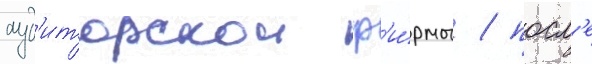
ауд'иторскои ф'и́рмы / посл'е